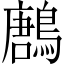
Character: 鶶